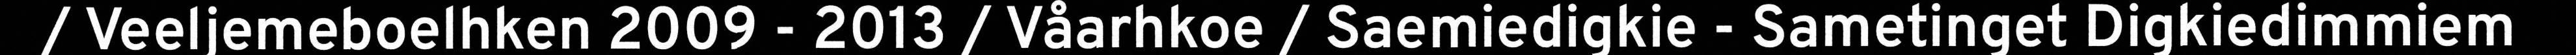
/ Veeljemeboelhken 2009 - 2013 / Våarhkoe / Saemiedigkie - Sametinget Digkiedimmiem